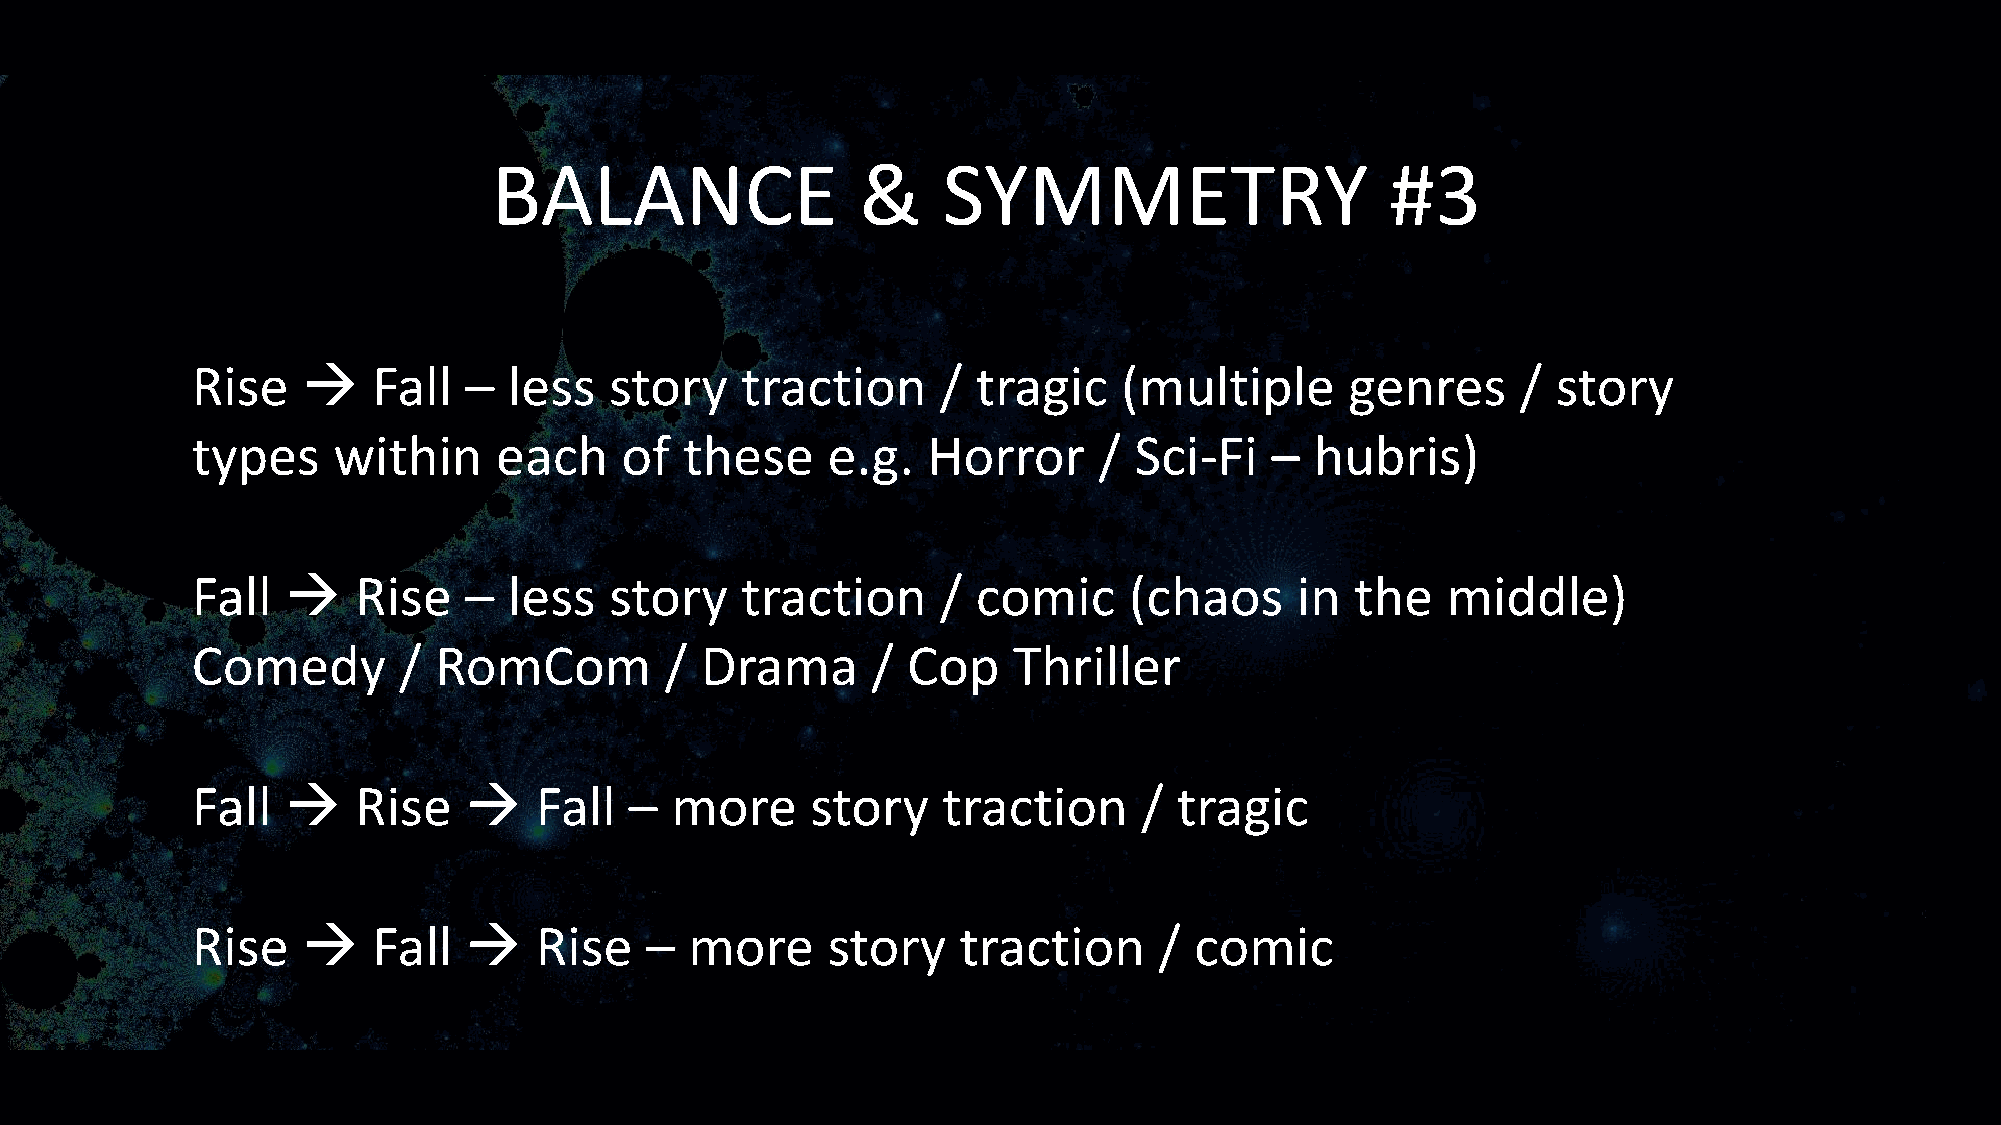
BALANCE                 &    SYMMETRY                      #3
 Rise   →    Fall  –  less  story    traction     /  tragic   (multiple      genres      / story
 types    within     each    of  these     e.g.  Horror      / Sci-Fi   –  hubris)
 Fall  →   Rise    –  less  story    traction     /  comic     (chaos     in  the   middle)
 Comedy       /  RomCom         / Drama       / Cop    Thriller
 Fall  →   Rise    →   Fall   – more      story   traction      / tragic
 Rise   →    Fall  →   Rise    –  more     story   traction      / comic